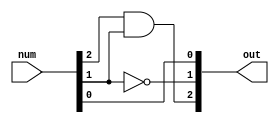
module lab02part02_circuitA(
		input 	[2:0]num,
		output 	[2:0]out
);
/*
2	AB
1	B'
0	C
*/

	assign out[2] = (num[2] & num[1]);
	assign out[1] = (~num[1]);
	assign out[0] = (num[0]);

endmodule